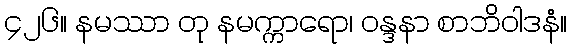
၄၂၆။ နမဿာ တု နမက္ကာရော၊ ဝန္ဒနာ စာဘိဝါဒနံ။